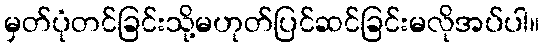
မှတ်ပုံတင်ခြင်းသို့မဟုတ်ပြင်ဆင်ခြင်းမလိုအပ်ပါ။